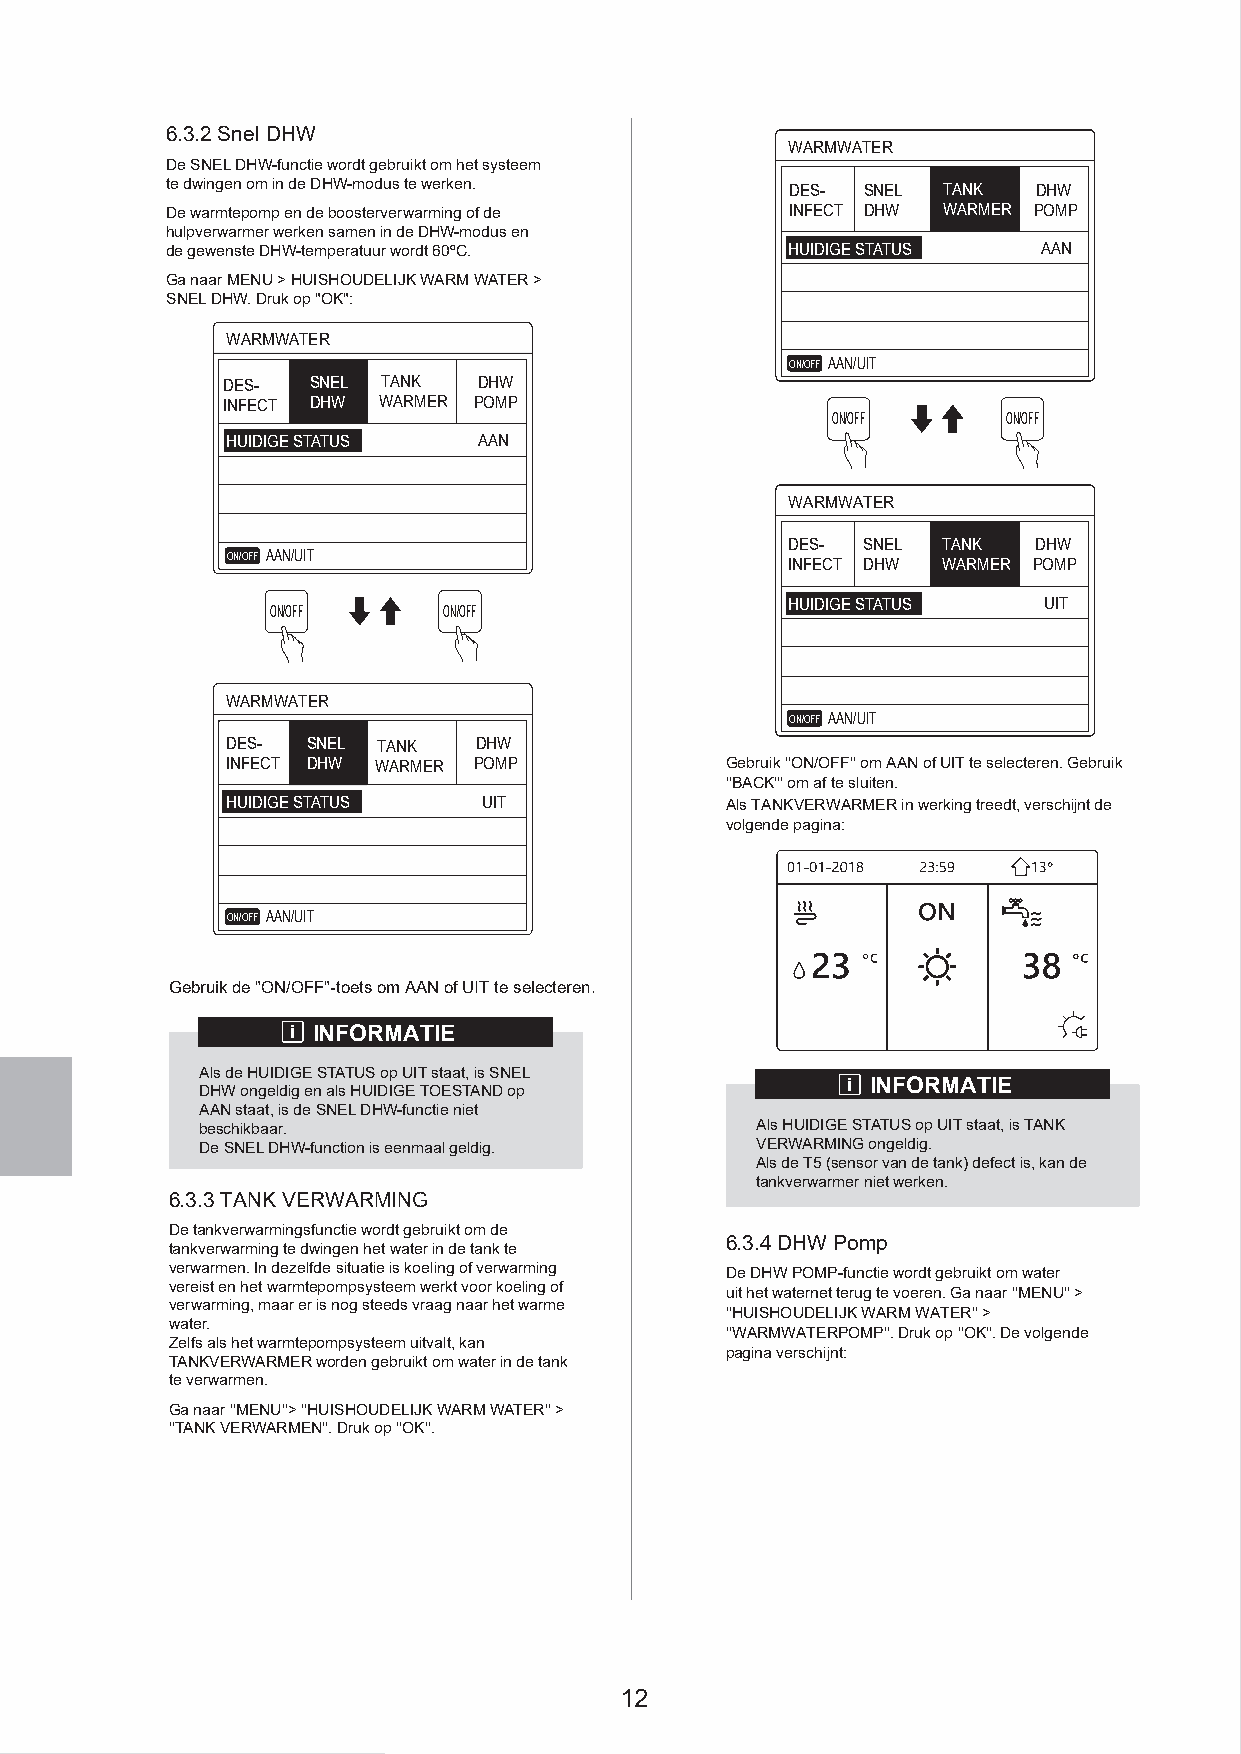
6.3.2 Snel DHW
 WARMWATER
 De SNEL DHW-functie wordt gebruikt om het systeem
 te dwingen om in de DHW-modus te werken. DES- SNEL TANK   DHW
 De warmtepomp en de boosterverwarming of de INFECT DHW WARMER POMP
 hulpverwarmer werken samen in de DHW-modus en
 de gewenste DHW-temperatuur wordt 60ºC.  HUIDIGE STATUS   AAN
 Ga naar MENU > HUISHOUDELIJK WARM WATER >
 SNEL DHW. Druk op "OK":
 WARMWATER
 ON/OFF AAN/UIT
 DES- SNEL TANK   DHW
 INFECT DHW WARMER POMP
 ON/OFF      ON/OFF
 HUIDIGE STATUS   AAN
 WARMWATER
 DES- SNEL TANK  DHW
 ON/OFF AAN/UIT                       INFECT DHW WARMER POMP
 HUIDIGE STATUS   UIT
 ON/OFF     ON/OFF
 WARMWATER
 ON/OFF AAN/UIT
 DES- SNEL TANK  DHW
 INFECT DHW WARMER POMP           Gebruik ''ON/OFF'' om AAN of UIT te selecteren. Gebruik
 ''BACK''' om af te sluiten.
 HUIDIGE STATUS   UIT             Als TANKVERWARMER in werking treedt, verschijnt de
 volgende pagina:
 ON/OFF AAN/UIT
 Gebruik de "ON/OFF"-toets om AAN of UIT te selecteren.
 i INFORMATIE
 Als de HUIDIGE STATUS op UIT staat, is SNEL
 DHW ongeldig en als HUIDIGE TOESTAND op    i INFORMATIE
 AAN staat, is de SNEL DHW-functie niet
 beschikbaar.                         Als HUIDIGE STATUS op UIT staat, is TANK
 De SNEL DHW-function is eenmaal geldig. VERWARMING ongeldig.
 Als de T5 (sensor van de tank) defect is, kan de
 tankverwarmer niet werken.
 6.3.3 TANK VERWARMING
 De tankverwarmingsfunctie wordt gebruikt om de
 6.3.4 DHW Pomp
 tankverwarming te dwingen het water in de tank te
 verwarmen. In dezelfde situatie is koeling of verwarming De DHW POMP-functie wordt gebruikt om water
 vereist en het warmtepompsysteem werkt voor koeling of
 uit het waternet terug te voeren. Ga naar ''MENU'' >
 verwarming, maar er is nog steeds vraag naar het warme
 ''HUISHOUDELIJK WARM WATER'' >
 water.
 ''WARMWATERPOMP''. Druk op ''OK''. De volgende
 Zelfs als het warmtepompsysteem uitvalt, kan
 pagina verschijnt:
 TANKVERWARMER worden gebruikt om water in de tank
 te verwarmen.
 Ga naar ''MENU''> ''HUISHOUDELIJK WARM WATER'' >
 ''TANK VERWARMEN''. Druk op ''OK''.